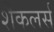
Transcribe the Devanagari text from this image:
शैकलर्स